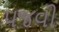
પજવી